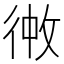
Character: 𪫏